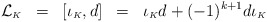
\begin{align*}{\cal L}_{\scriptscriptstyle K}\;\;=\;\;[\iota_{\scriptscriptstyle K},d]\;\;=\;\;\iota_{\scriptscriptstyle K}d+(-1)^{k+1}d\iota_{\scriptscriptstyle K}\end{align*}